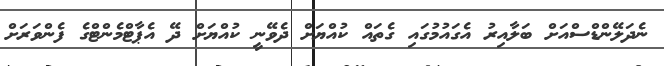
ނެދަލޭންޑްސްއަށް ބަލާއިރު އެގައުމުގައި ގެތައް ކުއްޔަށް ދެވޭނީ ކުއްޔަށް ދޭ އެޕާޓްމެންޓްގެ ފެންވަރަށް